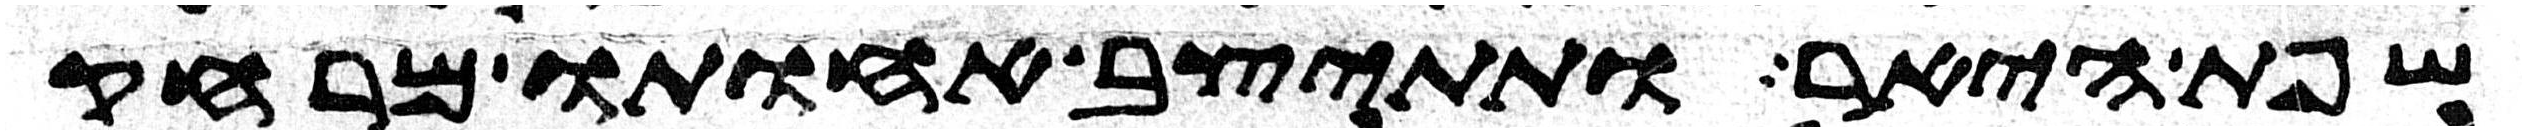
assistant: שפת היאר ותתיצב אחותו מרחק